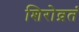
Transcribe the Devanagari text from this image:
शिरोव्रतं